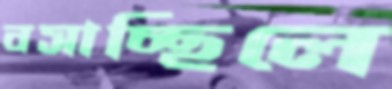
বসাচ্ছিলে